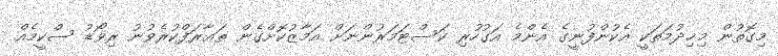
މިގޮތުން މިޚިދުމަތަކީ އެކުންފުނީގެ އެންމެ އަގުހުރި ކަސްޓަމަރުންނަށް އަމާޒުކޮށްގެން ތަޢާރަފްކުރެވުނު ރިވޯޑު ސްކީމެއް